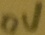
Text: 0V